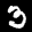
Label: 3